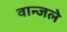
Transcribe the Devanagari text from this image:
वान्जले